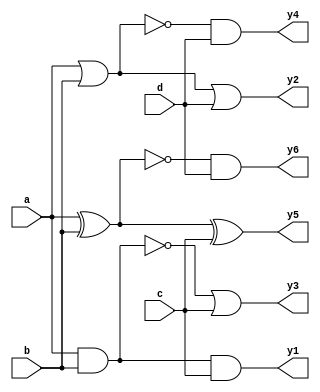
module combinational_logic_block (
    input wire a,         // Input signal a
    input wire b,         // Input signal b
    input wire c,         // Input signal c
    input wire d,         // Input signal d
    output wire y1,       // Output signal y1 (AND operation)
    output wire y2,       // Output signal y2 (OR operation)
    output wire y3,       // Output signal y3 (NAND operation)
    output wire y4,       // Output signal y4 (NOR operation)
    output wire y5,       // Output signal y5 (XOR operation)
    output wire y6        // Output signal y6 (XNOR operation)
);

    // Intermediate signals
    wire and_out;
    wire or_out;
    wire nand_out;
    wire nor_out;
    wire xor_out;
    wire xnor_out;

    // Logic gate implementations
    assign and_out = a & b;           // AND gate
    assign or_out = a | b;            // OR gate
    assign nand_out = ~(a & b);       // NAND gate
    assign nor_out = ~(a | b);        // NOR gate
    assign xor_out = a ^ b;           // XOR gate
    assign xnor_out = ~(a ^ b);       // XNOR gate

    // Further logic operations using additional inputs
    assign y1 = and_out & c;          // AND operation with input c
    assign y2 = or_out | d;           // OR operation with input d
    assign y3 = nand_out | c;         // NAND operation with input c
    assign y4 = nor_out & d;          // NOR operation with input d
    assign y5 = xor_out ^ c;          // XOR operation with input c
    assign y6 = xnor_out & d;         // XNOR operation with input d

endmodule